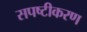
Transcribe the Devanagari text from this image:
सपष्टीकरण